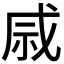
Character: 𫀄